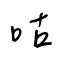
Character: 咕